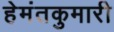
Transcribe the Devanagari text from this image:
हेमंतकुमारी